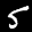
Label: 5